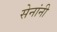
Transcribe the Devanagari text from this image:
सेनांनी